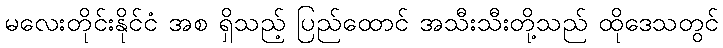
မလေးတိုင်းနိုင်ငံ အစ ရှိသည့် ပြည်ထောင် အသီးသီးတို့သည် ထိုဒေသတွင်